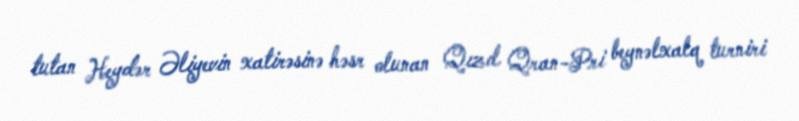
tutan Heydər Əliyevin xatirəsinə həsr olunan Qızıl Qran-Pri beynəlxalq turniri